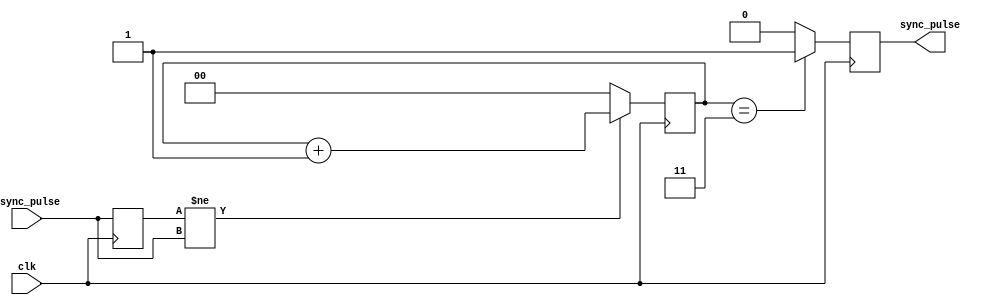
module pulse_synchronizer (
    input wire async_pulse,
    input wire clk,
    output reg sync_pulse
);

reg async_pulse_ff;
reg [1:0] sync_counter;

always @(posedge clk) begin
    async_pulse_ff <= async_pulse;
    
    if (async_pulse_ff != async_pulse) begin
        sync_counter <= sync_counter + 1;
    end else begin
        sync_counter <= 2'b0;
    end
    
    if (sync_counter == 2'b11) begin
        sync_pulse <= 1'b1;
    end else begin
        sync_pulse <= 1'b0;
    end
end

endmodule